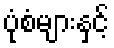
ပုံစံများနှင့်